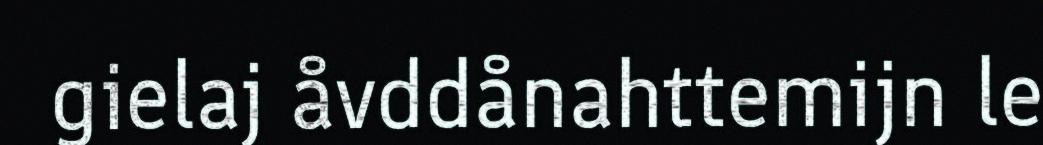
gielaj åvddånahttemijn le